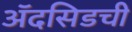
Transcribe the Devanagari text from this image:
ॲदसिडची